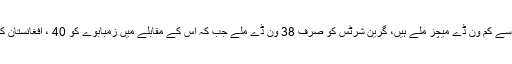
حیرت انگیز طور پر پاکستان کو سب سے کم ون ڈے میچز ملے ہیں، گرین شرٹس کو صرف 38 ون ڈے ملے جب کہ اس کے مقابلے میں زمبابوے کو 40 ، افغانستان کو 41 اور آئرلینڈ کو 42 ون ڈے ملے۔